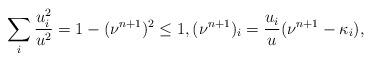
LaTeX: \begin{align*}\sum_i \frac{u_i^2}{u^2}=1-(\nu^{n+1})^2\leq 1, (\nu^{n+1})_i=\frac{u_i}{u}(\nu^{n+1}-\kappa_i),\end{align*}